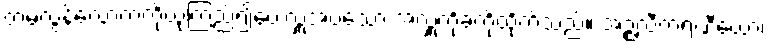
တမလွန်လောကကိုယုံကြည်၍ပေးလှူအပ်သော အလှူကိုခံကိုထိုက်သည်။ အဉ္ဇလီကရဏီယော၊